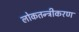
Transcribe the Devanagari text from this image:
लोकतन्‍त्रीकरण